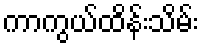
ကာကွယ်ထိန်းသိမ်း